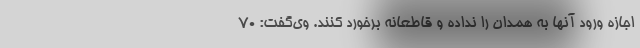
اجازه ورود آنها به همدان را نداده و قاطعانه برخورد کنند. وی‌گفت: ۷۰